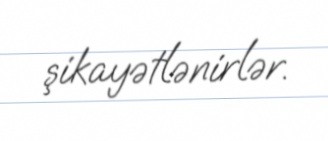
şikayətlənirlər.